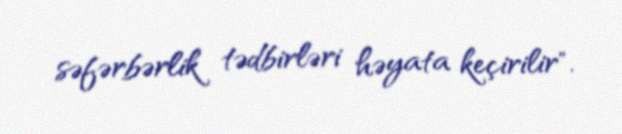
səfərbərlik tədbirləri həyata keçirilir".